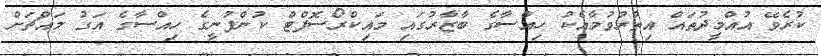
ކުރެވޭ އުއްމީދުތައް އިތުރުވުމާއެކު ހިއްސާގެ ބާޒާރުގައި މައިކްރޯސޮފްޓް ކުންފުނީގެ ހިއްސާގެ އަގު މައްޗަށް